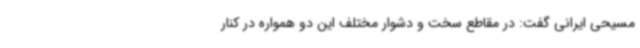
مسیحی ایرانی گفت: در مقاطع سخت و دشوار مختلف این دو همواره در کنار